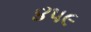
૪૫૯